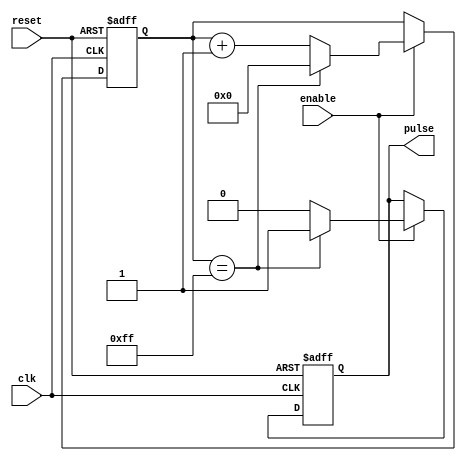
module pulse_generator (
    input wire clk,
    input wire reset,
    input wire enable,
    output reg pulse
);

reg [7:0] count;

always @(posedge clk or posedge reset) begin
    if (reset) begin
        count <= 8'h00;
        pulse <= 1'b0;
    end else begin
        if (enable) begin
            if (count == 8'hFF) begin
                count <= 8'h00;
                pulse <= 1'b1;
            end else begin
                count <= count + 1;
                pulse <= 1'b0;
            end
        end
    end
end

endmodule